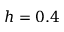
h = 0 . 4